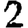
Digit: 2